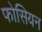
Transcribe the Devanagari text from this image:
फोसियन